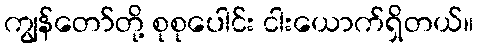
ကျွန်တော်တို့ စုစုပေါင်း ငါးယောက်ရှိတယ်။